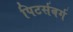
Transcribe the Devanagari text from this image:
पिटर्सबर्ग